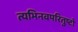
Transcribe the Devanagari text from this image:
त्यभिनवपरितुष्टो